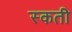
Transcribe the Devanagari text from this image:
स्कती